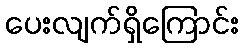
ပေးလျက်ရှိကြောင်း